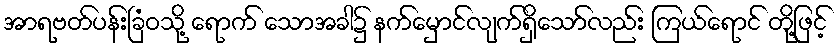
အာရဗတ်ပန်းခြံဝသို့ ရောက် သောအခါ၌ နက်မှောင်လျက်ရှိသော်လည်း ကြယ်ရောင် တို့ဖြင့်